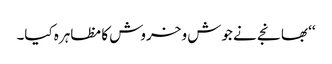
‘‘ بھانجے نے جوش و خروش کا مظاہرہ کیا۔